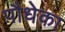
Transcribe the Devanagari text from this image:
पौधेका